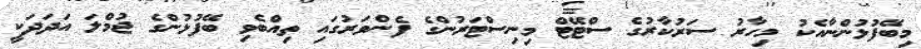
މިބޭފުޅުންނާއެކު މިހާރު ސަރުކާރުގެ ސްޓޭޓް މިނިސްޓަރުންގެ ފެންވަރުގައި ތިއްބެވި ބޭފުޅުންގެ ޖުމްލަ އަދަދަކީ